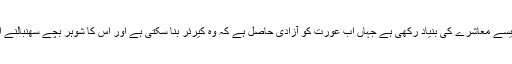
تعلیم اور مخدوش معاشی حالات نے ایران میں ایک ایسے معاشرے کی بنیاد رکھی ہے جہاں اب عورت کو آزادی حاصل ہے کہ وہ کیرئر بنا سکتی ہے اور اس کا شوہر بچے سھنبالنے اور گھر کے کاموں میں بخوشی اس کا ساتھ دیتا ہے۔